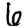
Digit: 6